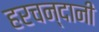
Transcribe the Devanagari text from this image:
हरचन्दानी